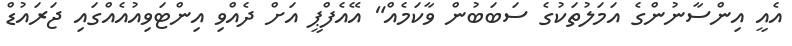
އެއީ އިންސާނުންގެ އަމަލުތަކުގެ ސަބަބުން ވާކަމެއް" އޭއެފްޕީ އަށް ދެއްވި އިންޓަވިއުއެއްގައި ޖަރައުޑް